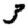
Digit: 3